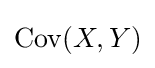
\operatorname {Cov} (X,Y)